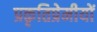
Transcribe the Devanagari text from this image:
प्रकृतिप्रेमीयों